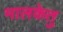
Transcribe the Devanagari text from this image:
मालकेतु